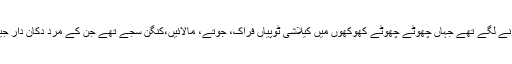
تماشائی اب بمبوریت کی اس بستی کے بازار میں خریداری کرنے لگے تھے جہاں چھوٹے چھوٹے کھوکھوں میں کیلاشی ٹوپیاں فراک، جوتے، مالائیں،کنگن سجے تھے جن کے مرد دُکان دار جین شرٹس پہنے، گھڑیاں عینکیں لگائے بھاؤ تاؤ کر رہے تھے۔